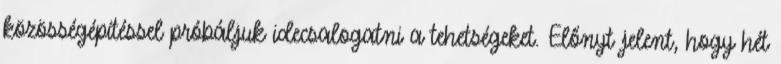
közösségépítéssel próbáljuk idecsalogatni a tehetségeket. Előnyt jelent, hogy hét